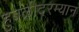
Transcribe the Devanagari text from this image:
हुबळीदरम्यान